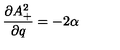
\frac { \partial A _ { + } ^ { 2 } } { \partial q } = - 2 \alpha